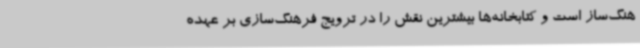
هنگ‌ساز است و کتابخانه‌ها بیشترین نقش را در ترویج فرهنگ‌سازی بر عهده